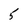
Character: 5